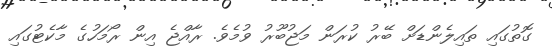
ގޮތުގައި ތައިލެންޑަށް ބޭރު ކުރަން މަޖުބޫރު ވުމެވެ. ރާއްޖެ އިން ރޯމަހުގެ މާކެޓުގައި